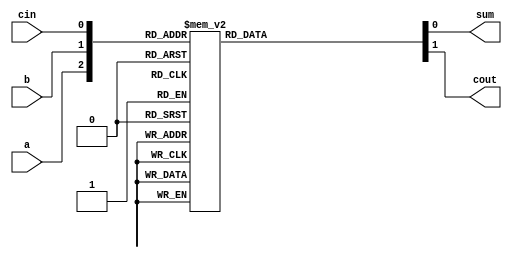
module Full_Adder_Behavirol(
input a,
input b,
input cin,
output reg sum,
output reg cout
);
always @(a or b or cin )
begin 
case({a,b,cin})
3'b000:begin sum =1'b0;cout =1'b0;end
3'b001:begin sum =1'b1;cout =1'b0;end
3'b010:begin sum =1'b1;cout =1'b0;end
3'b011:begin sum =1'b0;cout =1'b1;end
3'b100:begin sum =1'b1;cout =1'b0;end
3'b101:begin sum =1'b0;cout =1'b1;end
3'b110:begin sum =1'b0;cout =1'b1;end
3'b111:begin sum =1'b1;cout =1'b1;end
endcase
end 
endmodule